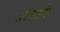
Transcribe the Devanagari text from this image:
प्रापत्ति